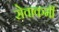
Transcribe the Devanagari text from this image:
सेवाकर्मी